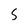
Character: 5